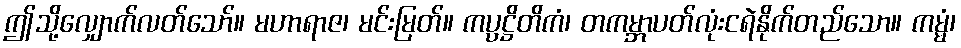
ဤသို့လျှောက်လတ်သော်။ မဟာရာဇ၊ မင်းမြတ်။ ကပ္ပဋ္ဌိတိကံ၊ တကမ္ဘာပတ်လုံးငရဲနိုက်တည်သော။ ကမ္မံ၊